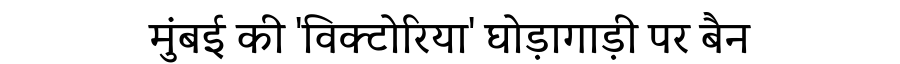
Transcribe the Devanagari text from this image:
मुंबई की 'विक्टोरिया' घोड़ागाड़ी पर बैन